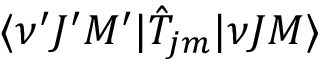
\langle \nu ^ { \prime } J ^ { \prime } M ^ { \prime } | \hat { T } _ { j m } | \nu J M \rangle